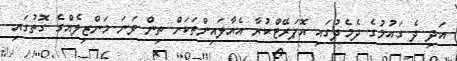
އަދި ދެ ގައުމުގެ ދެމެދުގައި އޮޕަރޭޓްކުރާ އެއާލައިންތަކަށް ތިން ވަނަ މަންޒިލެއްގެ ގޮތުގައި